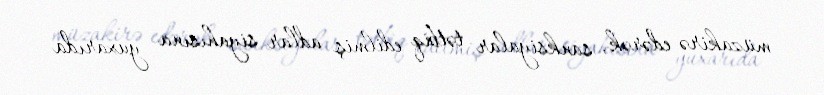
müzakirə edərək, sanksiyalar tətbiq edilmiş adlar siyahısına yuxarıda